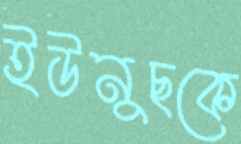
ইউনুছকে